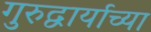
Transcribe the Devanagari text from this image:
गुरुद्वार्याच्या